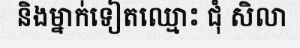
និងម្នាក់ទៀតឈ្មោះ ជុំ សិលា